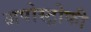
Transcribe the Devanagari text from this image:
अपोस्ट्रोफी